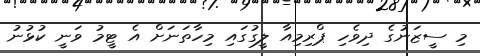
މި ސީޒަނުގެ ދިވެހި ޕްރިމިއާ ލީގުގައި މިހާތަނަށް އެ ޓީމު ވަނީ ކުޅުނު